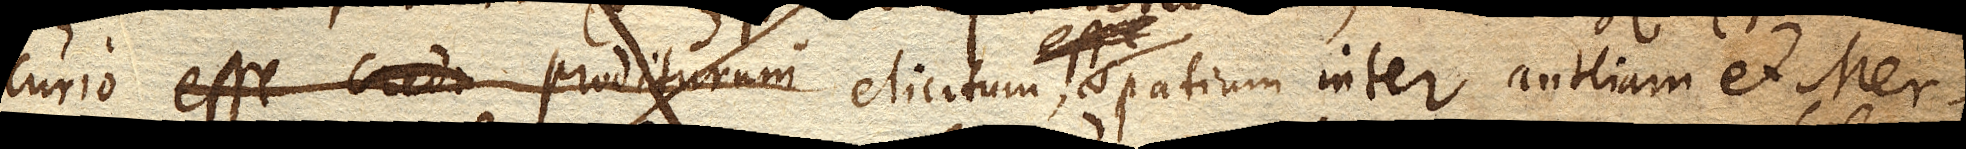
curio esse credo prodituram elicitum spatium inter Antliam et Mer–